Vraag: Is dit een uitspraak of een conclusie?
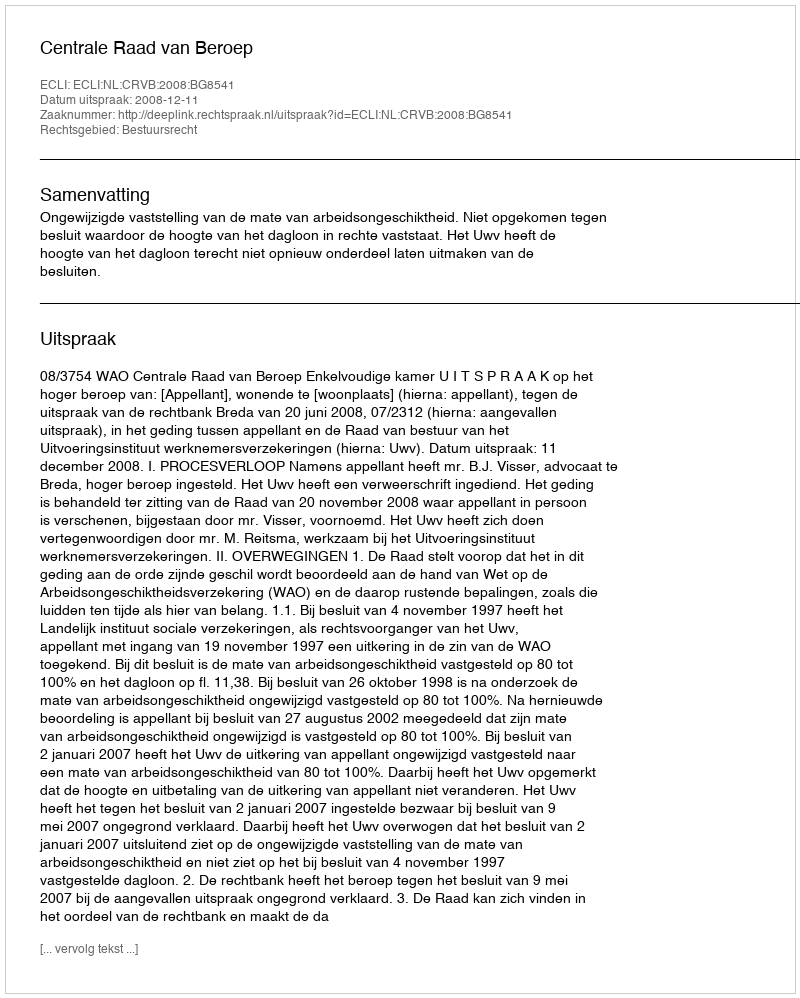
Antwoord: Uitspraak